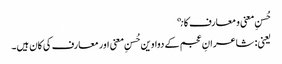
حُسنِ معنی و معارف کانې
یعنی: شاعرانِ عجم کے دواوین حُسنِ معنی اور معارف کی کان ہیں۔